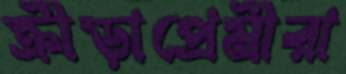
ক্রীড়াপ্রেমীরা